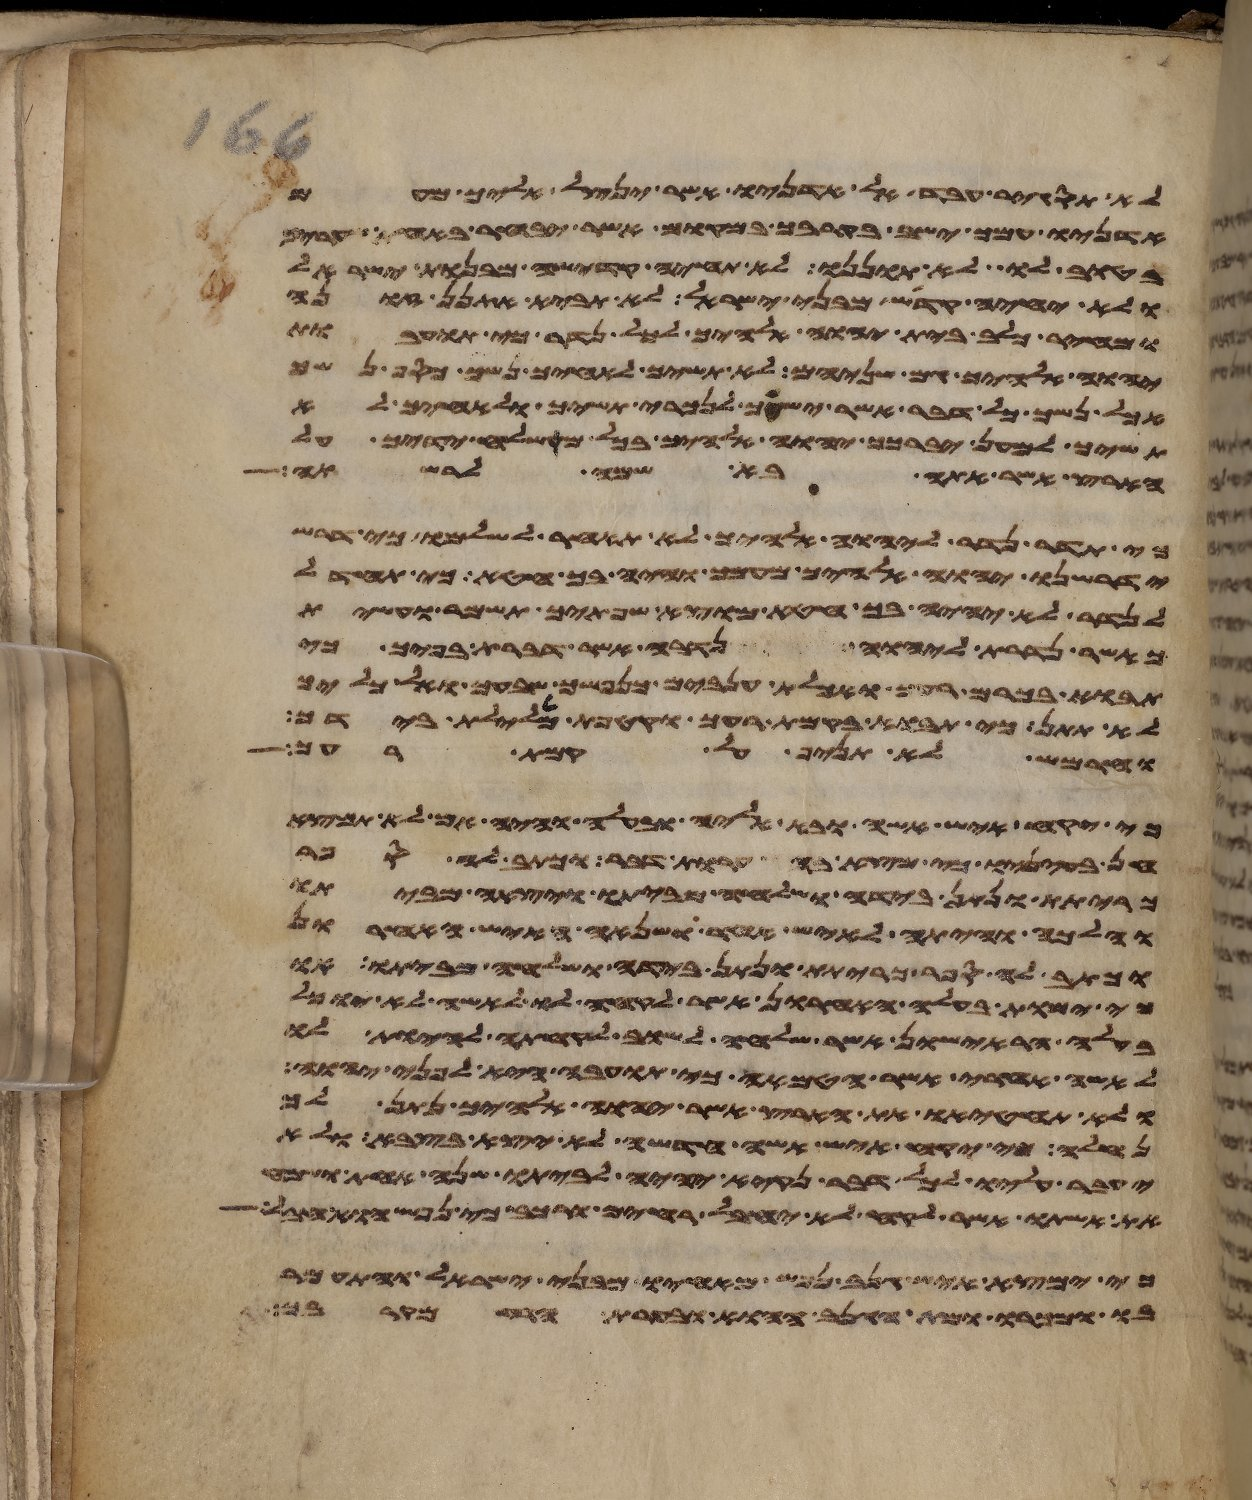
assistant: לא תסגיר עבד אל אדניו אשר ינצל אליך מעם
אדניו עמך ישב בקרבך במקום אשר יבחר באחת שעריך
בטוב לו לא תוננו לא תחיה קדשה מבנות ישראל
ולא יחיה קדש מבני ישראל לא תביא אתנן זונה
ומחיר כלב בית יהוה אלהיך לכל נדר כי תועבת
יהוה אלהיך גם שניהם לא תשיך לאחיך נשך כסף נשך
אכל נשך כל דבר אשר ישך לנכרי תשיך ולאחיך לא
תשיך למען יברכך יהוה אלהיך בכל משלח ידיך על
הארץ אשר אתה בא שמה לרשתה
כי תדר נדר ליהוה אלהיך לא תאחר לשלמו כי דרש
ידרשנו יהוה אלהיך מעמך והיה בך חטא וכי תחדל
לנדר לא יהיה בך חטא מוצא שפתיך תשמר ועשית
כאשר נדרת ליהוה נדבה אשר דברת בפיך כי
תבוא בכרם רעך ואכלת ענבים כנפשך שבעך ואל כליך
לא תתן כי תבוא בקמת רעך וקטפת מלילת בידך
וחרמש לא תניף על קמת רעך
כי יקח איש אשה ובא אליה ובעלה והיה אם לא תמצא
חן בעיניו כי מצא בה ערות דבר וכתב לה ספר
כריתת ונתן בידה ושלחה מביתו ויצאה מביתו
והלכה והיתה לאיש אחר ושנאה האיש האחרון
וכתב לה ספר כריתת ונתן בידה ושלחה מביתו או
כי ימות בעלה האחרון אשר לקחה לו לאשה לא יוכל
בעלה הראישון אשר שלחה לשוב לקחתה להיות לו
לאשה אחרי אשר הטמאה כי תועבה היא לפני יהוה
ולא תחטיאו את הארץ אשר יהוה אלהיך נתן לך
נחלה כי יקח איש אשה חדשה לא יצא בצבא ולא
יעבר עליו לכל דבר נקיא יהיה לביתו שנה אחת ושמח
את אשתו אשר לקח לא יחבל רחים ורכב כי נפש הוא חבל
כי ימצא איש גנב נפש מאחיו מבני ישראל והתעמר
בו ומכרו ומת הגנב ההוא ובערת הרע